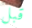
قبل